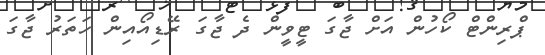
ޕްރިންޓް ކޯހުން އަށް ޖާގަ ޓީވީން ދެ ޖާގަ ރޭޑިއޯއިން ހަތަރު ޖާގަ